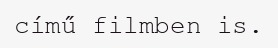
című filmben is.